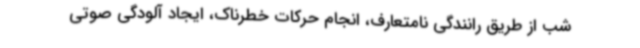
شب از طریق رانندگی نامتعارف، انجام حرکات خطرناک، ایجاد آلودگی صوتی